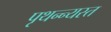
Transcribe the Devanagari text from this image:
पृथन्न्यस्त